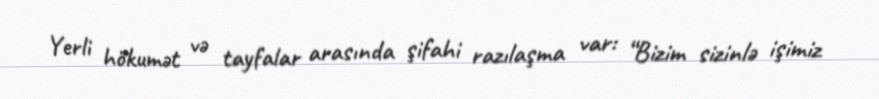
Yerli hökumət və tayfalar arasında şifahi razılaşma var: “Bizim sizinlə işimiz